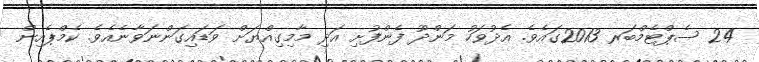
24 ސެޕްޓެމްބަރ 2013ގައެވެ. އެދުވަހު މަންދޫ ފެންފުށި އަދި މާމިގިއްޔަަށް ވަޑައިގަންނަވާނެއެވެ. ކެމްޕެއިން